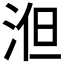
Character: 𣵤